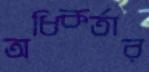
অধিকর্তার